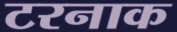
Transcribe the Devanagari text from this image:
टरनाक